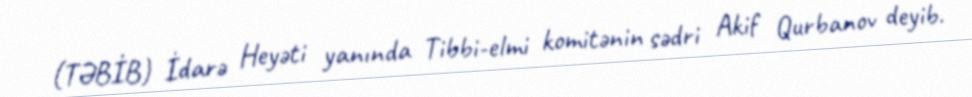
(TƏBİB) İdarə Heyəti yanında Tibbi-elmi komitənin sədri Akif Qurbanov deyib.